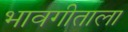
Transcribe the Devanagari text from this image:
भावगीताला